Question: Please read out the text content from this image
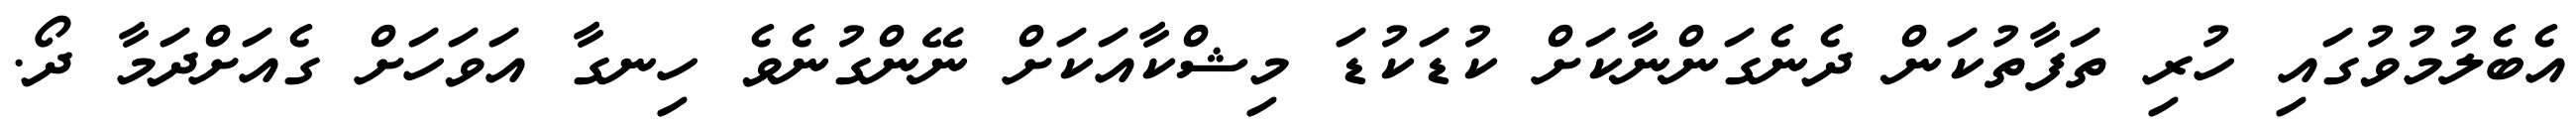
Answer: އެބެލުމުވުގައި ހުރި ތަފާތުކަން ދެނެގަންނާކަށް ކުޑަކުޑަ މިޝްކާއަކަށް ނޭންގުނެވެ ހިނގާ އަވަހަށް ގެއަށްދަމާ ދޯ.